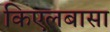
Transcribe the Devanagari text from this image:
किएलबासा